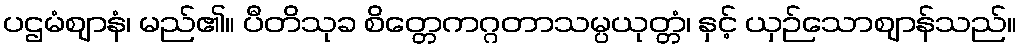
ပဌမံဈာနံ၊ မည်၏။ ပီတိသုခ စိတ္တေကဂ္ဂတာသမ္ပယုတ္တံ၊ နှင့် ယှဉ်သောဈာန်သည်။